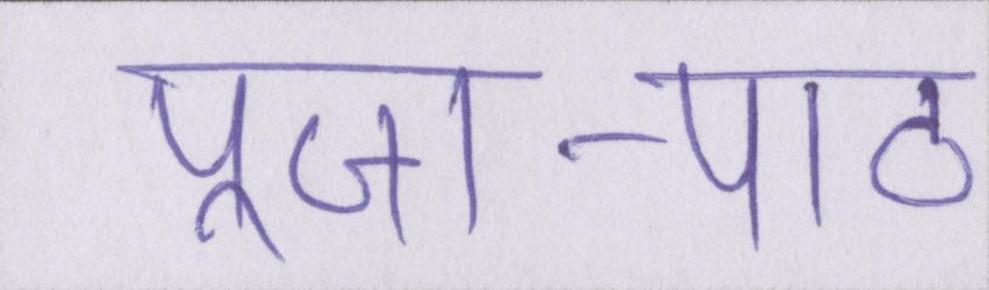
पूजा-पाठ